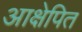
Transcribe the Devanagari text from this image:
आक्षेपित